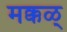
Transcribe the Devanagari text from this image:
मक्कळ्